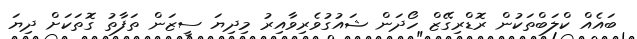
ބައެއް ކްލަބްތަކުން ރޮޑްރިގޭޒް ހޯދަން ޝައުގުވެރިވާއިރު މިދިޔަ ސީޒަން ތަފާތު ގޮތަކަށް ދިޔަ